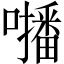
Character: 𡃓